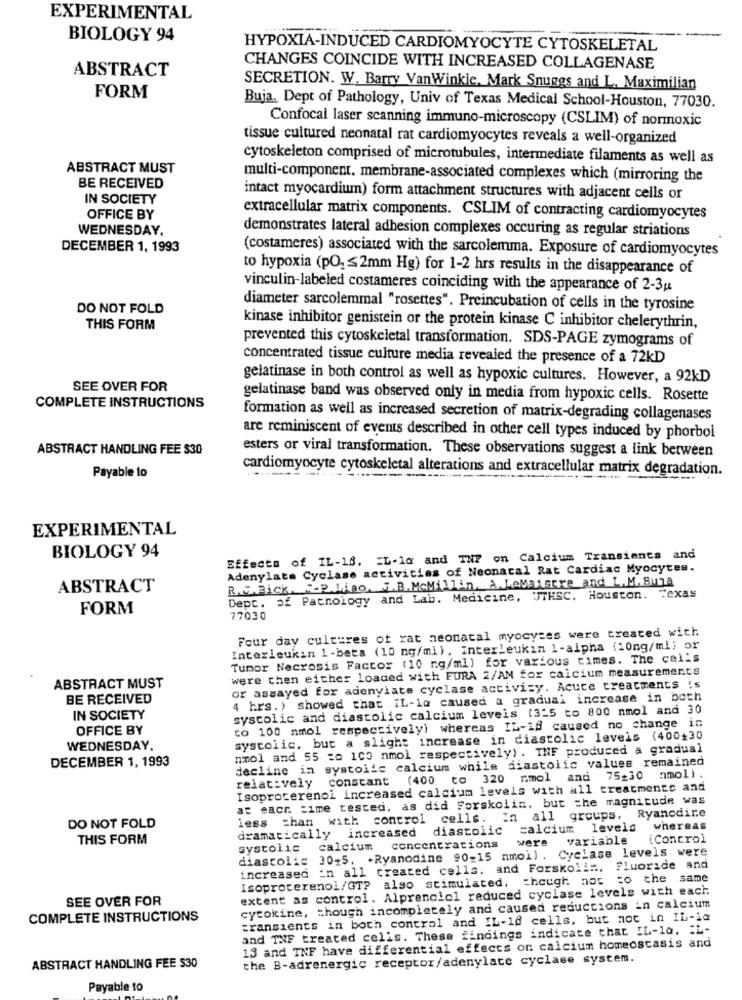
EXPERIMENTAL
BIOLOGY 94
HYPOXIA-INDUCED CARDIOMYOCYTE CYTOSKELETAL
ABSTRACT
CHANGES COINCIDE WITH INCREASED COLLAGENASE
SECRETION. W. Barry VanWinkle, Mark Snuggs and L. Maximilian
FORM
Buja. Dept of Pathology, Univ of Texas Medical School-Houston, 77030.
Confocal laser scanning immuno-microscopy (CSLIM) of normoxic
tissue cultured neonatal rat cardiomyocytes reveals a well-organized
cytoskeleton comprised of microtubules, intermediate filaments as well as
ABSTRACT MUST
multi-component. membrane-associated complexes which (mirroring the
BE RECEIVED
IN SOCIETY
intact myocardium) form attachment structures with adjacent cells or
OFFICE BY
extracellular matrix components. CSLIM of contracting cardiomyocytes
WEDNESDAY,
demonstrates lateral adhesion complexes occuring as regular striations
DECEMBER 1, 1993
(costameres) associated with the sarcolemma. Exposure of cardiomyocytes
to hypoxia (PO) ≤2mm Hg) for 1-2 hrs results in the disappearance of
vinculin-labeled costameres coinciding with the appearance of 2-3pt
DO NOT FOLD
diameter sarcolemmal "rosettes". Preincubation of cells in the tyrosine
THIS FORM
kinase inhibitor genistein or the protein kinase C inhibitor chelerythrin,
prevented this cytoskeletal transformation. SDS-PAGE zymograms of
concentrated tissue culture media revealed the presence of a 72kD
gelatinase in both control as well as hypoxic cultures. However, a 92kD
SEE OVER FOR
gelatinase band was observed only in media from hypoxic cells. Rosette
COMPLETE INSTRUCTIONS
formation as well as increased secretion of matrix-degrading collagenases
are reminiscent of events described in other cell types induced by phorbol
ABSTRACT HANDLING FEE $30
esters or viral transformation. These observations suggest a link between
cardiomyocyte cytoskeletal alterations and extracellular matrix degradation.
Payable to
EXPERIMENTAL
BIOLOGY 94
Sffects of IL-18. IL-la and TNF on Calcium Transients and
Adenylata Cyclase activities of Neonatal Rat Cardiac Myocytes.
R.J.Bick. - P.Liao. J.B.Mcmillin. A.LeMaistre and L. M. Sua
ABSTRACT
Dept. of Pathology and Lab. Medicine, JTHSC, Houston. Texas
FORM
77030
Four day cultures of rat neonatal myocyses were treated with
Interleukin 1-beta (10 ng/ml). interleukin 1-alpha (10ng/ml) or
Tumor Necrosis Factor (10 ng/ml) for various times. The cells
were then either loaded with FURA 2/AM for calcium measurements
ABSTRACT MUST
or assayed for adenylate cyclase activity. Acute treatments !s
BE RECEIVED
4 hrs. ) showed that IL-lo caused a gradual increase in boch
systolic and diastolic calcium levels (3-5 to 800 nmol and 30
IN SOCIETY
OFFICE BY
to 100 nmol respectively) whereas IL-18 caused no change in
systolic, but a slight increase in diastolic levels (400+30
WEDNESDAY,
nmol and 55 =o 100 nmol respectively) . INF produced a gradual
decline in systolic calcium while diastolic values remained
DECEMBER 1, 1993
relatively constant (400 to 320 nmol and 75-30 nmol).
Isoproterenol increased calcium levels with all treatments and
at eacr. time tested, as did Forskolin, but the magnitude was
less than with control cells. In all groups, Ryanodire
DO NOT FOLD
dramatically increased diastolic calcium levels whereas
THIS FORM
were variable
(Control
systolic calcium concentrations
diastolic 30-5. . Ryanodine 90-15 nmoi) . Cyclase levels were
increased in all created cells. and Forskolin, Fluoride and
Isoprocerenol/GT? also stimulated, though not to the same
extent as control. Alprenolcl reduced cyclase levels with each
SEE OVER FOR
cytokine, Though incompletely and caused reductions in calcium
COMPLETE INSTRUCTIONS
transients in both control and IL-16 cells, but not in IL-ia
and TNF treated cells. These findings indicate that IL-la, EL-
13 and TNF have differential effects on calcium homeostasis and
the B-adrenergic receptor/adenylate cyclase system.
ABSTRACT HANDLING FEE $30
Payable to